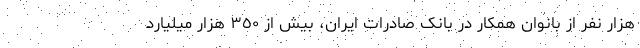
هزار نفر از بانوان همکار در بانک صادرات ایران، بیش از ٣٥٠ هزار میلیارد